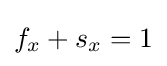
f_{x}+s_{x}=1